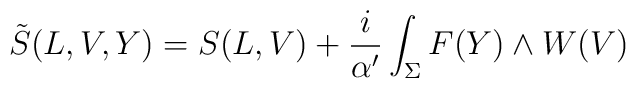
\tilde{S}(L,V,Y)=S(L,V) + \frac{i}{\alpha^{\prime}}\int_{ \Sigma }F(Y)\wedge W(V)